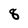
Character: 8